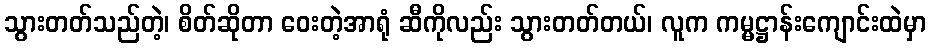
သွားတတ်သည်တဲ့၊ စိတ်ဆိုတာ ဝေးတဲ့အာရုံ ဆီကိုလည်း သွားတတ်တယ်၊ လူက ကမ္မဋ္ဌာန်းကျောင်းထဲမှာ